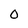
Character: 0